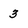
Character: 3